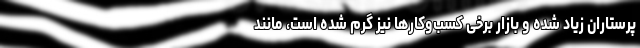
پرستاران زیاد شده و بازار برخی کسب‌وکارها نیز گرم شده است، مانند